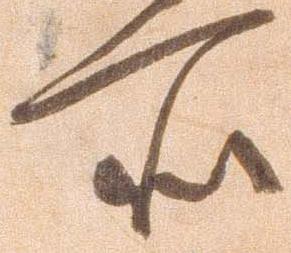
所